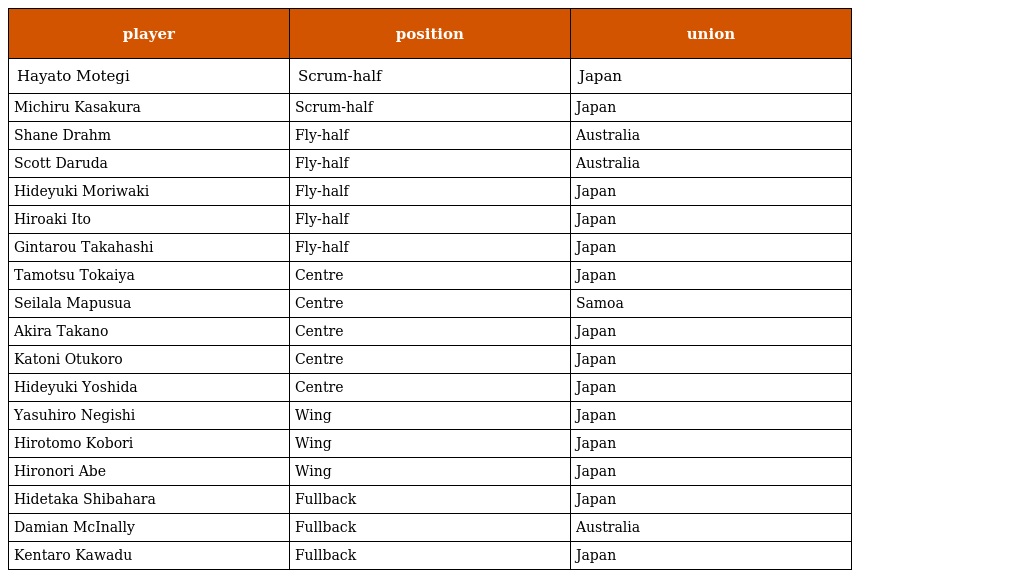
| player | position | union |
 | --- | --- | --- |
 | Hayato Motegi | Scrum-half | Japan |
 | Michiru Kasakura | Scrum-half | Japan |
 | Shane Drahm | Fly-half | Australia |
 | Scott Daruda | Fly-half | Australia |
 | Hideyuki Moriwaki | Fly-half | Japan |
 | Hiroaki Ito | Fly-half | Japan |
 | Gintarou Takahashi | Fly-half | Japan |
 | Tamotsu Tokaiya | Centre | Japan |
 | Seilala Mapusua | Centre | Samoa |
 | Akira Takano | Centre | Japan |
 | Katoni Otukoro | Centre | Japan |
 | Hideyuki Yoshida | Centre | Japan |
 | Yasuhiro Negishi | Wing | Japan |
 | Hirotomo Kobori | Wing | Japan |
 | Hironori Abe | Wing | Japan |
 | Hidetaka Shibahara | Fullback | Japan |
 | Damian McInally | Fullback | Australia |
 | Kentaro Kawadu | Fullback | Japan |